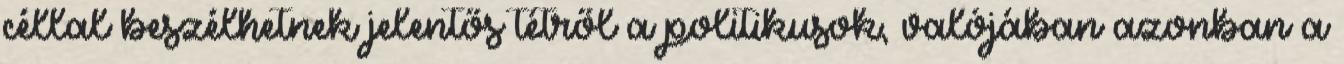
céllal beszélhetnek jelentős tétről a politikusok, valójában azonban a